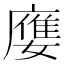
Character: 𡢦